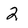
Character: 2